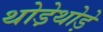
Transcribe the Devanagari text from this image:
थोडे़थोड़े